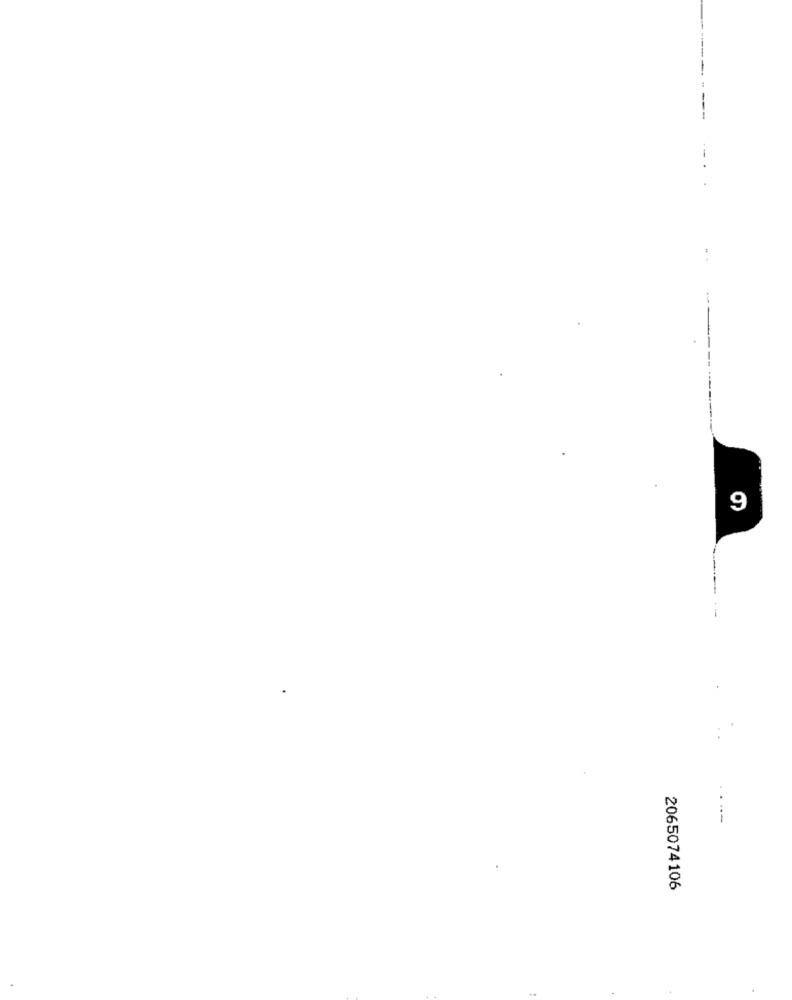
..
9
2065074106